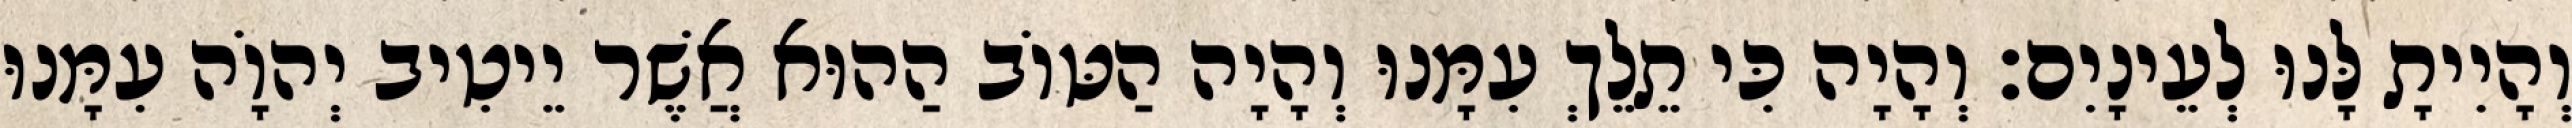
וְהָיִיתָ לָּנוּ לְעֵינָיִם׃ וְהָיָה כִּי תֵלֵךְ עִמָּנוּ וְהָיָה הַטּוֹב הַהוּא אֲשֶׁר יֵיטִיב יְהוָֹה עִמָּנוּ